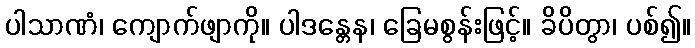
ပါသာဏံ၊ ကျောက်ဖျာကို။ ပါဒန္တေန၊ ခြေမစွန်းဖြင့်။ ခိပိတွာ၊ ပစ်၍။